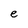
Character: e